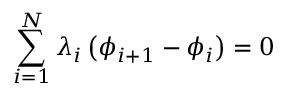
\sum _ { i = 1 } ^ { N } \lambda _ { i } \left( \phi _ { i + 1 } - \phi _ { i } \right) = 0